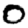
Digit: 0